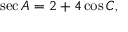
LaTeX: \sec A = 2 + 4 \cos C ,